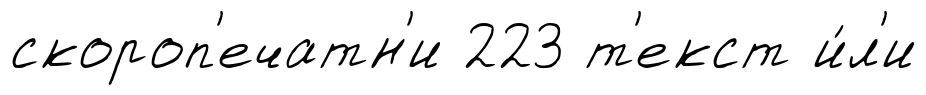
скороп'ечатн'и 223 т'екст и́л'и